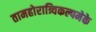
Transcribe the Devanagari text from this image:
तामहोरात्र्विकल्पमेके